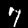
Digit: 7